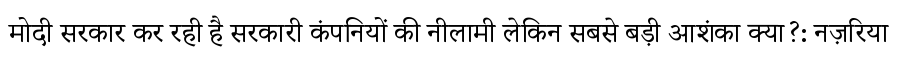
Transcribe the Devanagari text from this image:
मोदी सरकार कर रही है सरकारी कंपनियों की नीलामी लेकिन सबसे बड़ी आशंका क्या?: नज़रिया